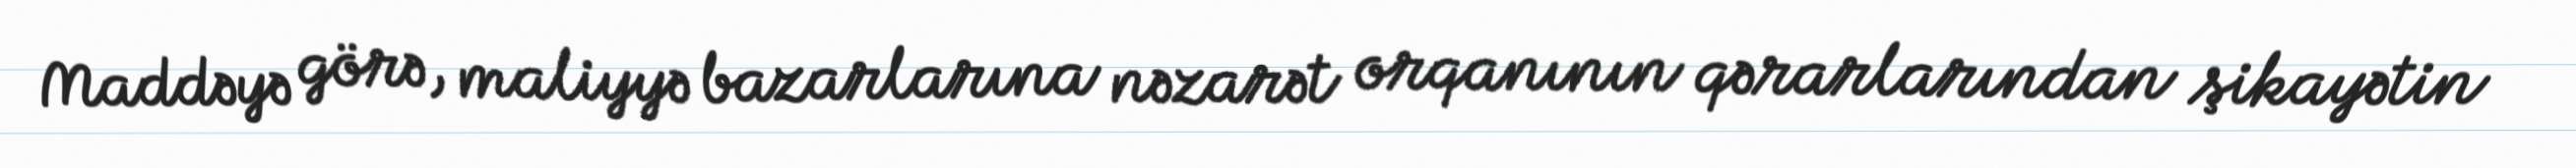
Maddəyə görə, maliyyə bazarlarına nəzarət orqanının qərarlarından şikayətin